画像に写った文字を読んでください
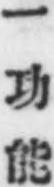
「一功能」と書いてあります